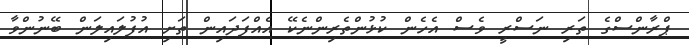
ޕްރާންސްގެ ތަރި ނަސްރީ ވެސް އެހެން ކުޅުންތެރިންނެކޭ އެއްފަދައިން ތަށި އުފުލައިލަން ބޭނުންވާ